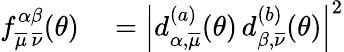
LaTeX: \begin{array}{rl}{f_{\overline{{\mu}}\, \overline{{\nu}}}^{\alpha\beta}(\theta)}&{{}=\left|d_{\alpha,\overline{{\mu}}}^{(a)}(\theta)\, d_{\beta,\overline{{\nu}}}^{(b)}(\theta)\right|^{2}}\end{array}